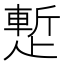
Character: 𬆉